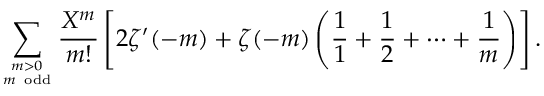
\sum _ { m > 0 \atop m { \mathrm { ~ o d d } } } { \frac { X ^ { m } } { m ! } } \left[ 2 \zeta ^ { \prime } ( - m ) + \zeta ( - m ) \left( { \frac { 1 } { 1 } } + { \frac { 1 } { 2 } } + \cdots + { \frac { 1 } { m } } \right) \right] .